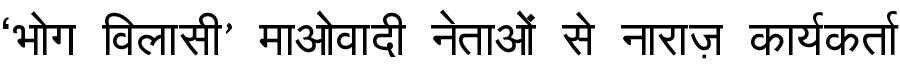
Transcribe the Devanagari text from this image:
‘भोग विलासी’ माओवादी नेताओं से नाराज़ कार्यकर्ता